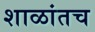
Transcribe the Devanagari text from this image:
शाळांतच